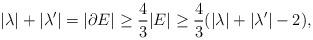
LaTeX: \begin{align*}|\lambda| + |\lambda'| = |\partial E| \geq \frac{4}{3} |E| \geq \frac{4}{3}(|\lambda| + |\lambda'| - 2),\end{align*}